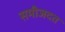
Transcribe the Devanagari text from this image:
समीजदत